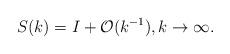
LaTeX: \begin{align*}&S(k)=I+\mathcal{O}(k^{-1}),k\rightarrow\infty.\end{align*}